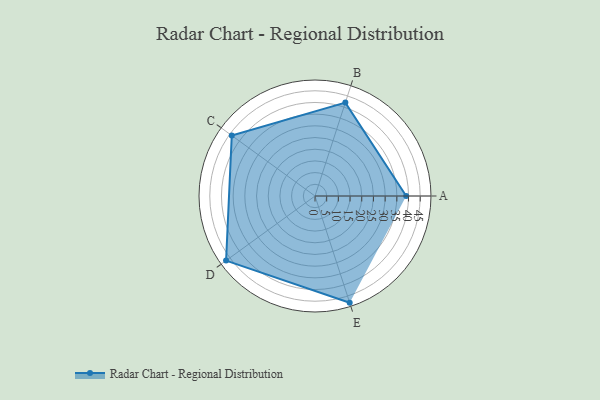
{"axis": {"x": "Skill", "y": "Score"}, "legend": ["Profile"], "data": [{"x": "A", "y": 39.0, "type": "Profile"}, {"x": "B", "y": 42.0, "type": "Profile"}, {"x": "C", "y": 44.0, "type": "Profile"}, {"x": "D", "y": 47.0, "type": "Profile"}, {"x": "E", "y": 48.0, "type": "Profile"}]}